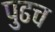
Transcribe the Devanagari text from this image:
पुढच